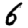
Digit: 6